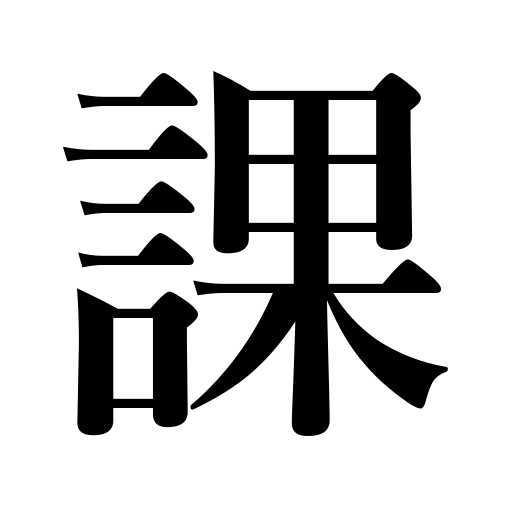
Meanings: division,department,allotment,lesson,section